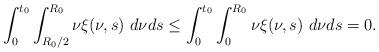
LaTeX: \begin{align*} \int_{0}^{t_{0}}\int_{R_{0}/2}^{R_{0}}\nu\xi(\nu,s)\ d\nu ds\leq \int_{0}^{t_{0}}\int_{0}^{R_{0}}\nu\xi(\nu,s)\ d\nu ds=0. \end{align*}